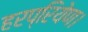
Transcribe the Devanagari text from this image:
हरप्रियेण।